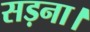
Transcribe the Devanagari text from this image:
सड़ना।